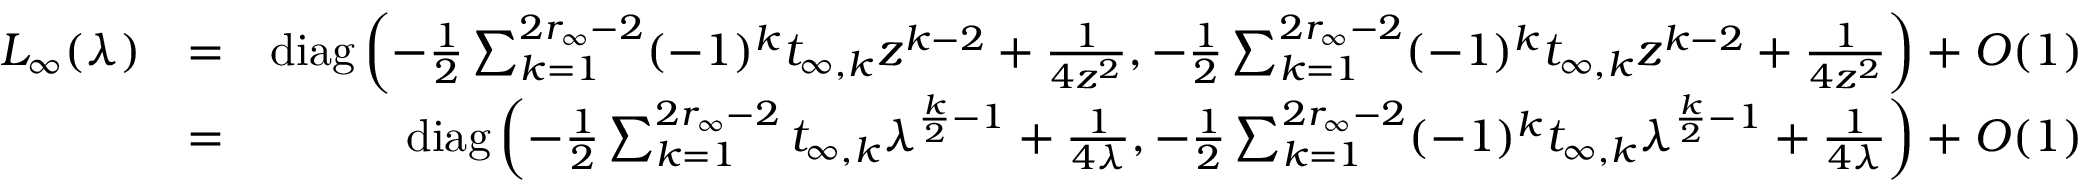
\begin{array} { r l r } { L _ { \infty } ( \lambda ) } & { = } & { { \operatorname { d i a g } } \left( - \frac { 1 } { 2 } \sum _ { k = 1 } ^ { 2 r _ { \infty } - 2 } ( - 1 ) ^ { k } t _ { \infty , k } z ^ { k - 2 } + \frac { 1 } { 4 z ^ { 2 } } , - \frac { 1 } { 2 } \sum _ { k = 1 } ^ { 2 r _ { \infty } - 2 } ( - 1 ) ^ { k } t _ { \infty , k } z ^ { k - 2 } + \frac { 1 } { 4 z ^ { 2 } } \right) + O ( 1 ) } \\ & { = } & { { \operatorname { d i a g } } \left( - \frac { 1 } { 2 } \sum _ { k = 1 } ^ { 2 r _ { \infty } - 2 } t _ { \infty , k } \lambda ^ { \frac { k } { 2 } - 1 } + \frac { 1 } { 4 \lambda } , - \frac { 1 } { 2 } \sum _ { k = 1 } ^ { 2 r _ { \infty } - 2 } ( - 1 ) ^ { k } t _ { \infty , k } \lambda ^ { \frac { k } { 2 } - 1 } + \frac { 1 } { 4 \lambda } \right) + O ( 1 ) } \\ & { } & \end{array}